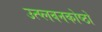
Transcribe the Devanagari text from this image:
उत्प्लवनकोष्ठों